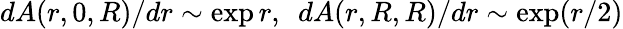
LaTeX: dA(r,0,R)/dr\sim\exp r,\ \ dA(r,R,R)/dr\sim\exp(r/2)